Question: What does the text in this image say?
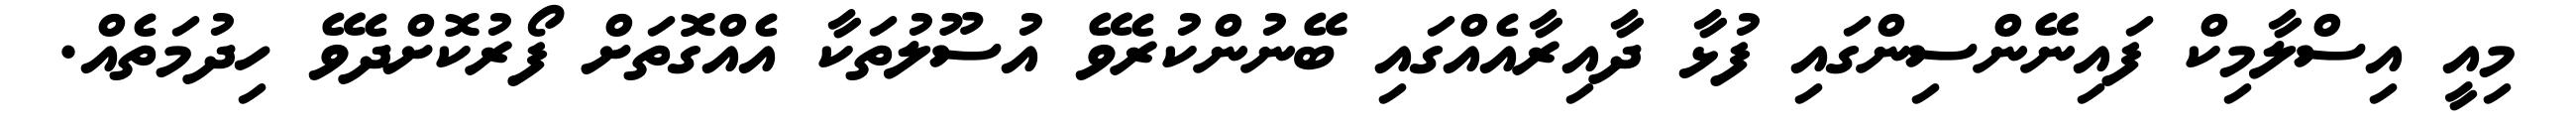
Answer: މިއީ އިސްލާމިކް ފައިނޭންސިންގައި ފުޅާ ދާއިރާއެއްގައި ބޭނުންކުރެވޭ އުސޫލުތަކާ އެއްގޮތަށް ފޯރުކޮށްދެވޭ ހިދުމަތެއް.